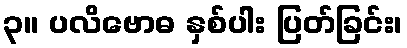
၃။ ပလိဗောဓ နှစ်ပါး ပြတ်ခြင်း၊